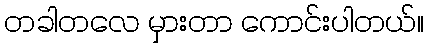
တခါတလေ မှားတာ ကောင်းပါတယ်။